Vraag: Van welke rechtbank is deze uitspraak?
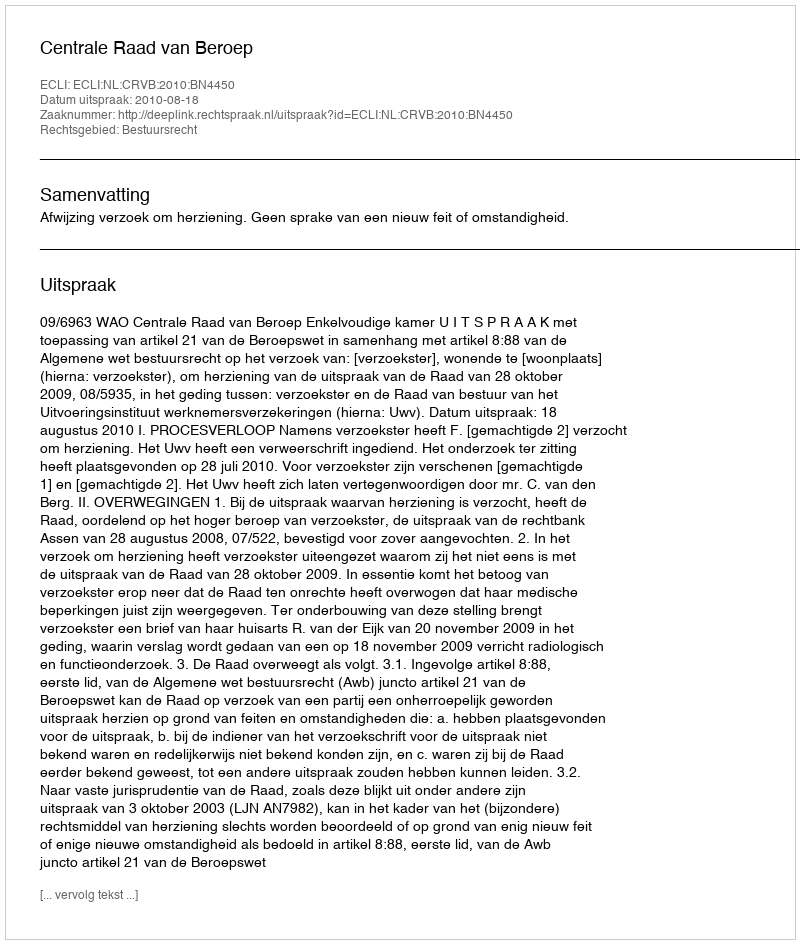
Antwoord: Centrale Raad van Beroep